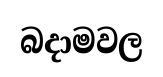
බදාමවල